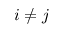
i \neq j